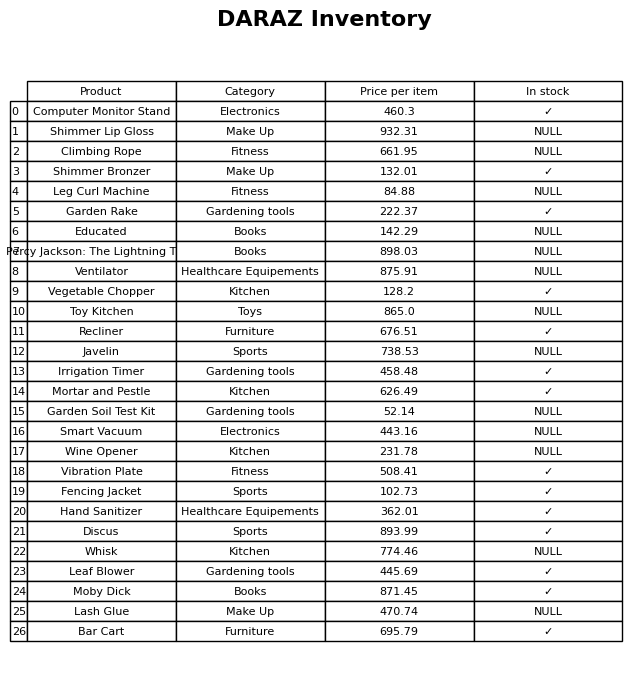
question: Which products are available in stock?
answer: Computer Monitor Stand, Shimmer Bronzer, Garden Rake, Vegetable Chopper, Recliner, Irrigation Timer, Mortar and Pestle, Vibration Plate, Fencing Jacket, Hand Sanitizer, Discus, Leaf Blower, Moby Dick, Bar Cart